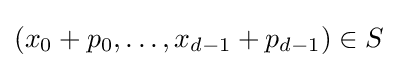
(x_{0}+p_{0},\dots ,x_{d-1}+p_{d-1})\in S